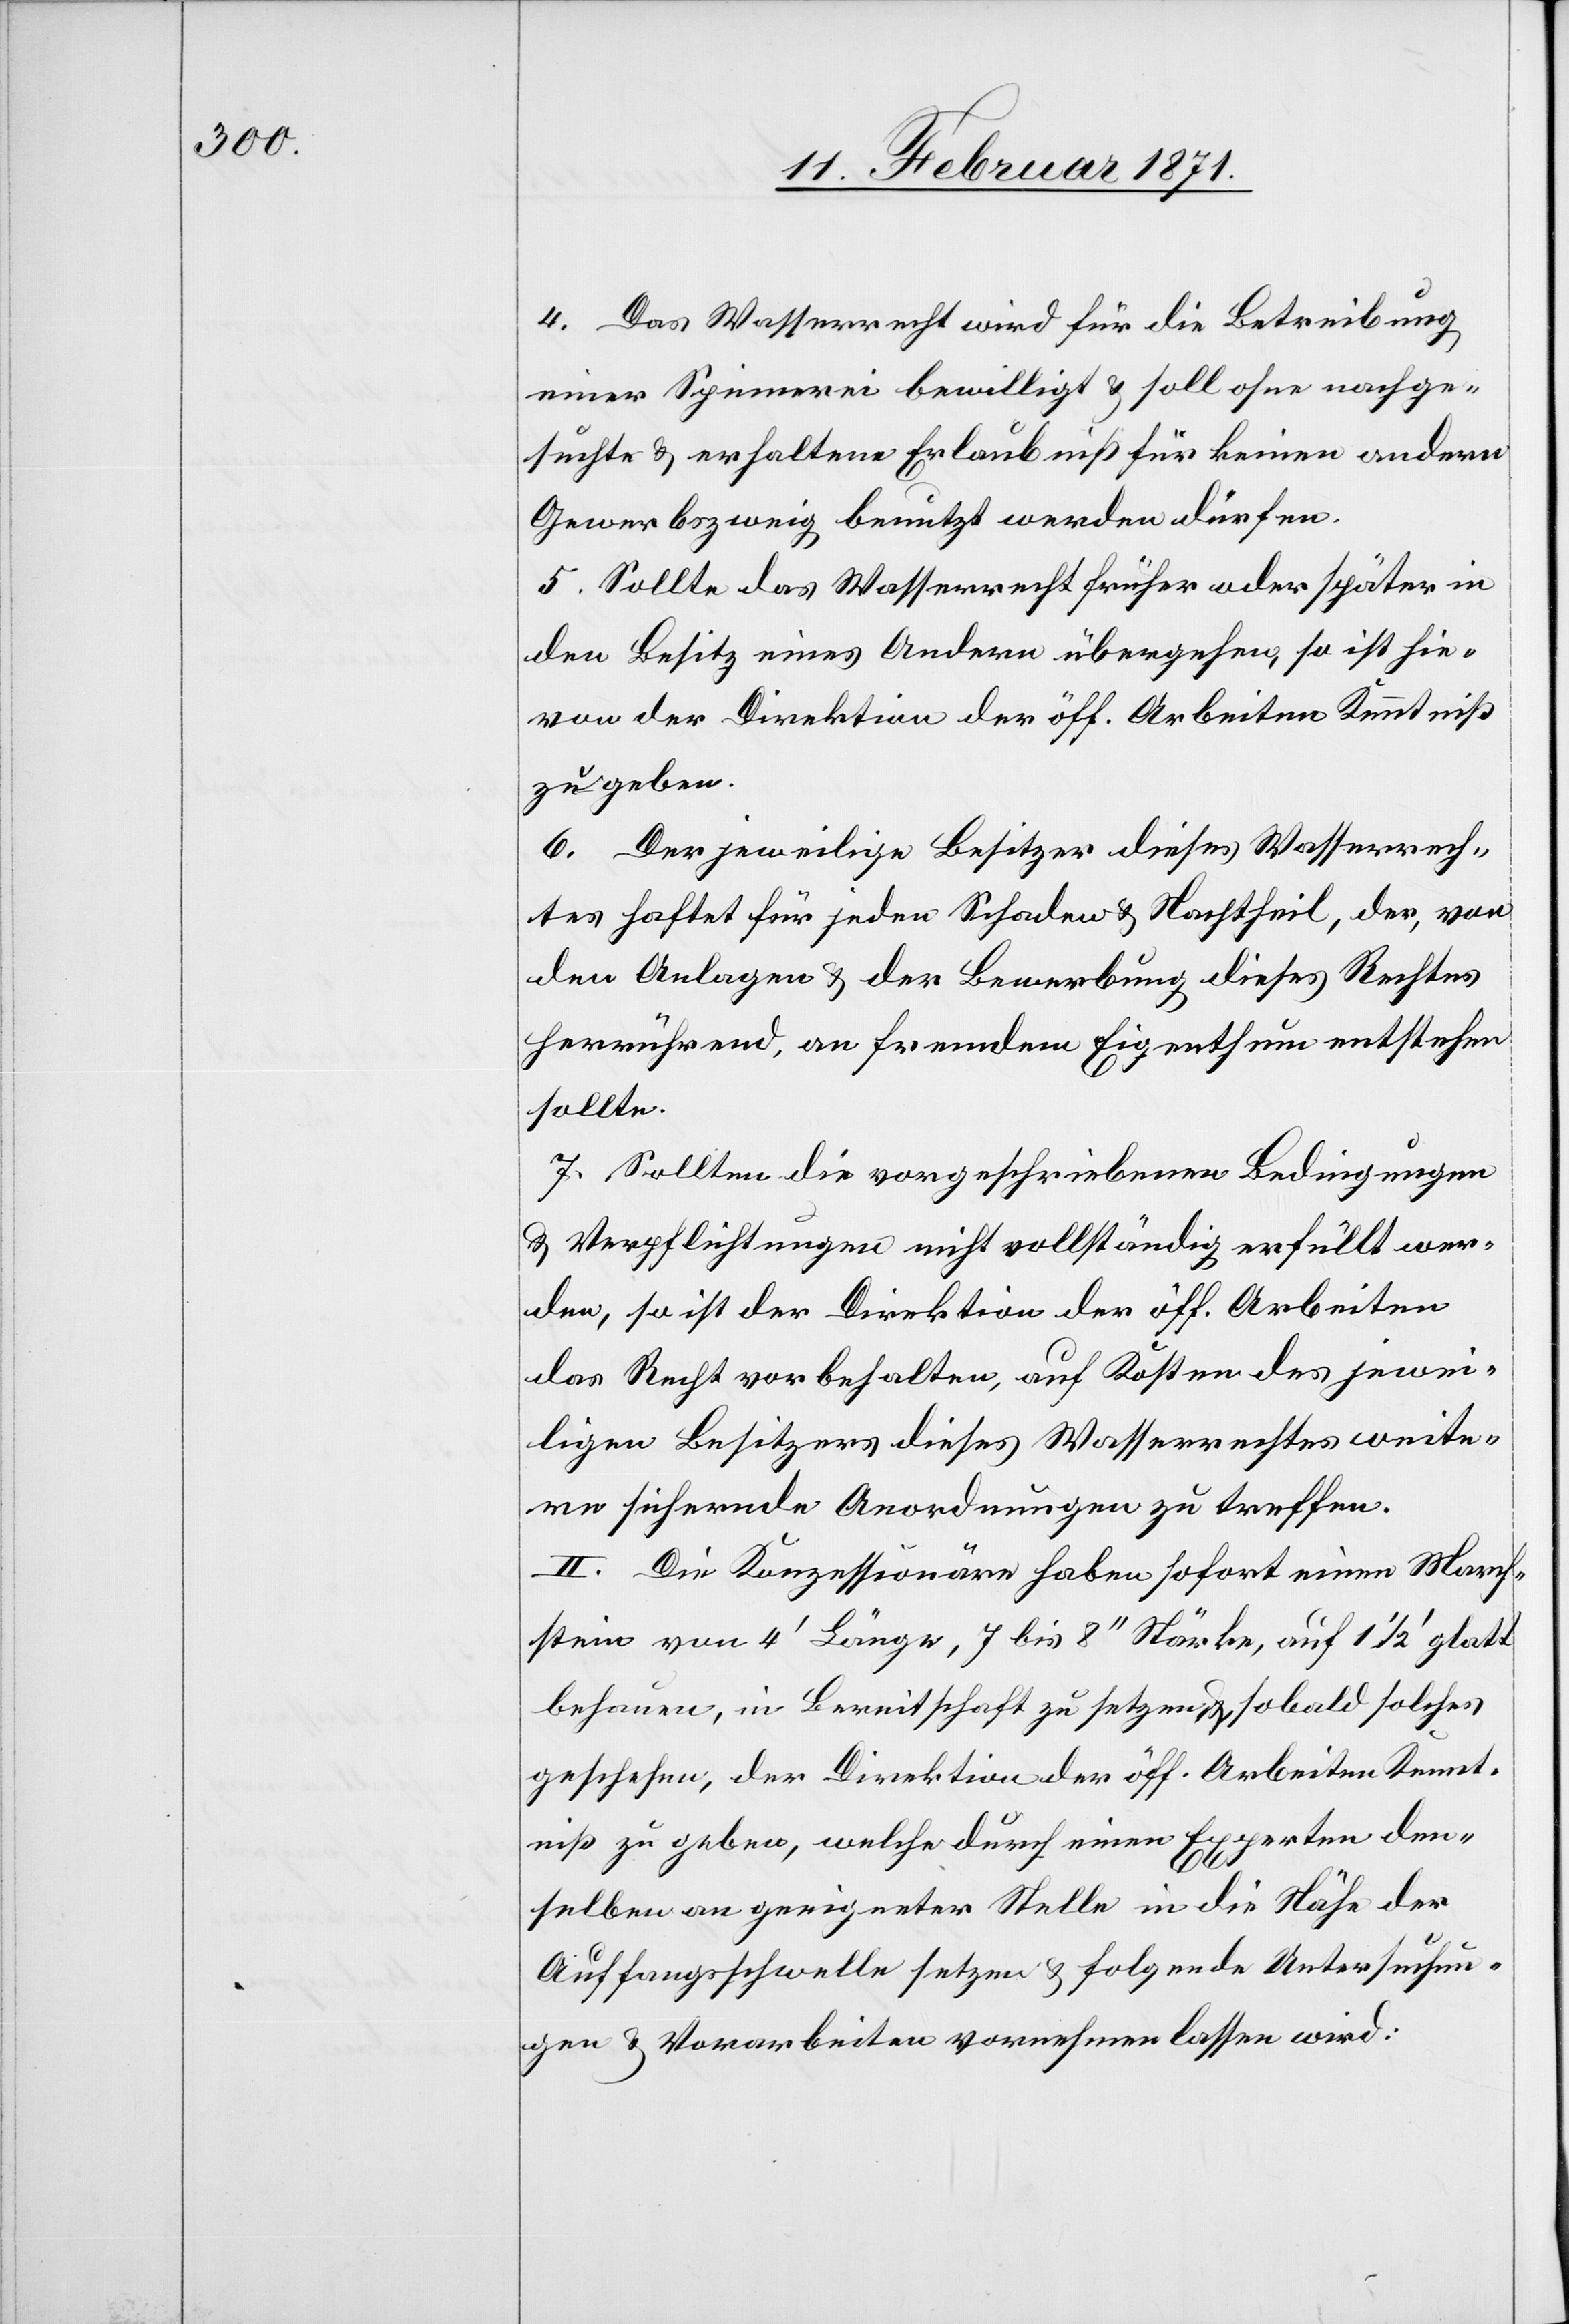
4. Das Wasserrecht wird für die Betreibung
einer Spinnerei bewilligt u. soll ohne nachge¬
suchte u. erhaltene Erlaubniß für keinen andern
Gewerbezweig benutzt werden dürfen.
5. Sollte das Wasserrecht früher oder später in
den Besitz eines Andern übergehen, so ist hie¬
von der Direktion der öff. Arbeiten Kenntniß
zu geben.
6. Der jeweilige Besitzer dieses Wasserrech¬
tes haftet für jeden Schaden u. Nachtheil, der, von
den Anlagen u. der Bewerbung dieses Rechtes
herrührend, an fremdem Eigenthum entstehen
sollte.
7. Sollten die vorgeschriebenen Bedingungen
u. Verpflichtungen nicht vollständig erfüllt wer¬
den, so ist der Direktion der öff. Arbeiten
das Recht vorbehalten, auf Kosten des jewei¬
ligen Besitzers dieses Wasserrechtes weite¬
re sichernde Anordnungen zu treffen.
II. Die Konzessionäre haben sofort einen March¬
stein von 4‘ Länge, 7 bis 8“ Stärke, auf 1 1/2‘ glatt
behauen, in Bereitschaft zu setzen u. sobald solches
geschehen, der Direktion der öff. Arbeiten Kennt¬
niß zu geben, welche durch einen Experten den¬
selben an geeigneter Stelle in die Nähe der
Auffangsschwelle setzen u. folgende Untersuchun¬
gen u. Vorarbeiten vornehmen lassen wird: